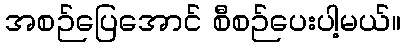
အစဉ်ပြေအောင် စီစဉ်ပေးပါ့မယ်။